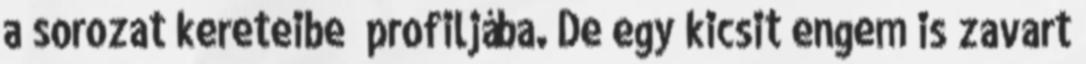
a sorozat kereteibe profiljába. De egy kicsit engem is zavart